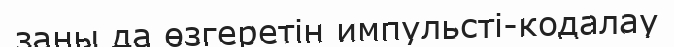
заңы да өзгеретін импульсті-кодалау